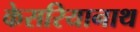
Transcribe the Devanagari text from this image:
केसरियानाथ